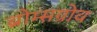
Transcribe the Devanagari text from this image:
ब्रोम्सग्रोव